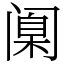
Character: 𫔶